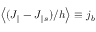
\left< ( J _ { \parallel } - J _ { \parallel s } ) / h \right> \equiv j _ { b }